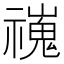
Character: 𫀢